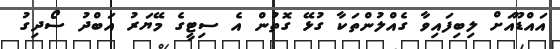
އައްޑޫއަށް ލިބިފައިވާ ގެއްލުންތަކާ ގުޅޭ ގޮތުން އެ ސިޓީގެ މޭޔަރު އަބްދު ސޯދިގު